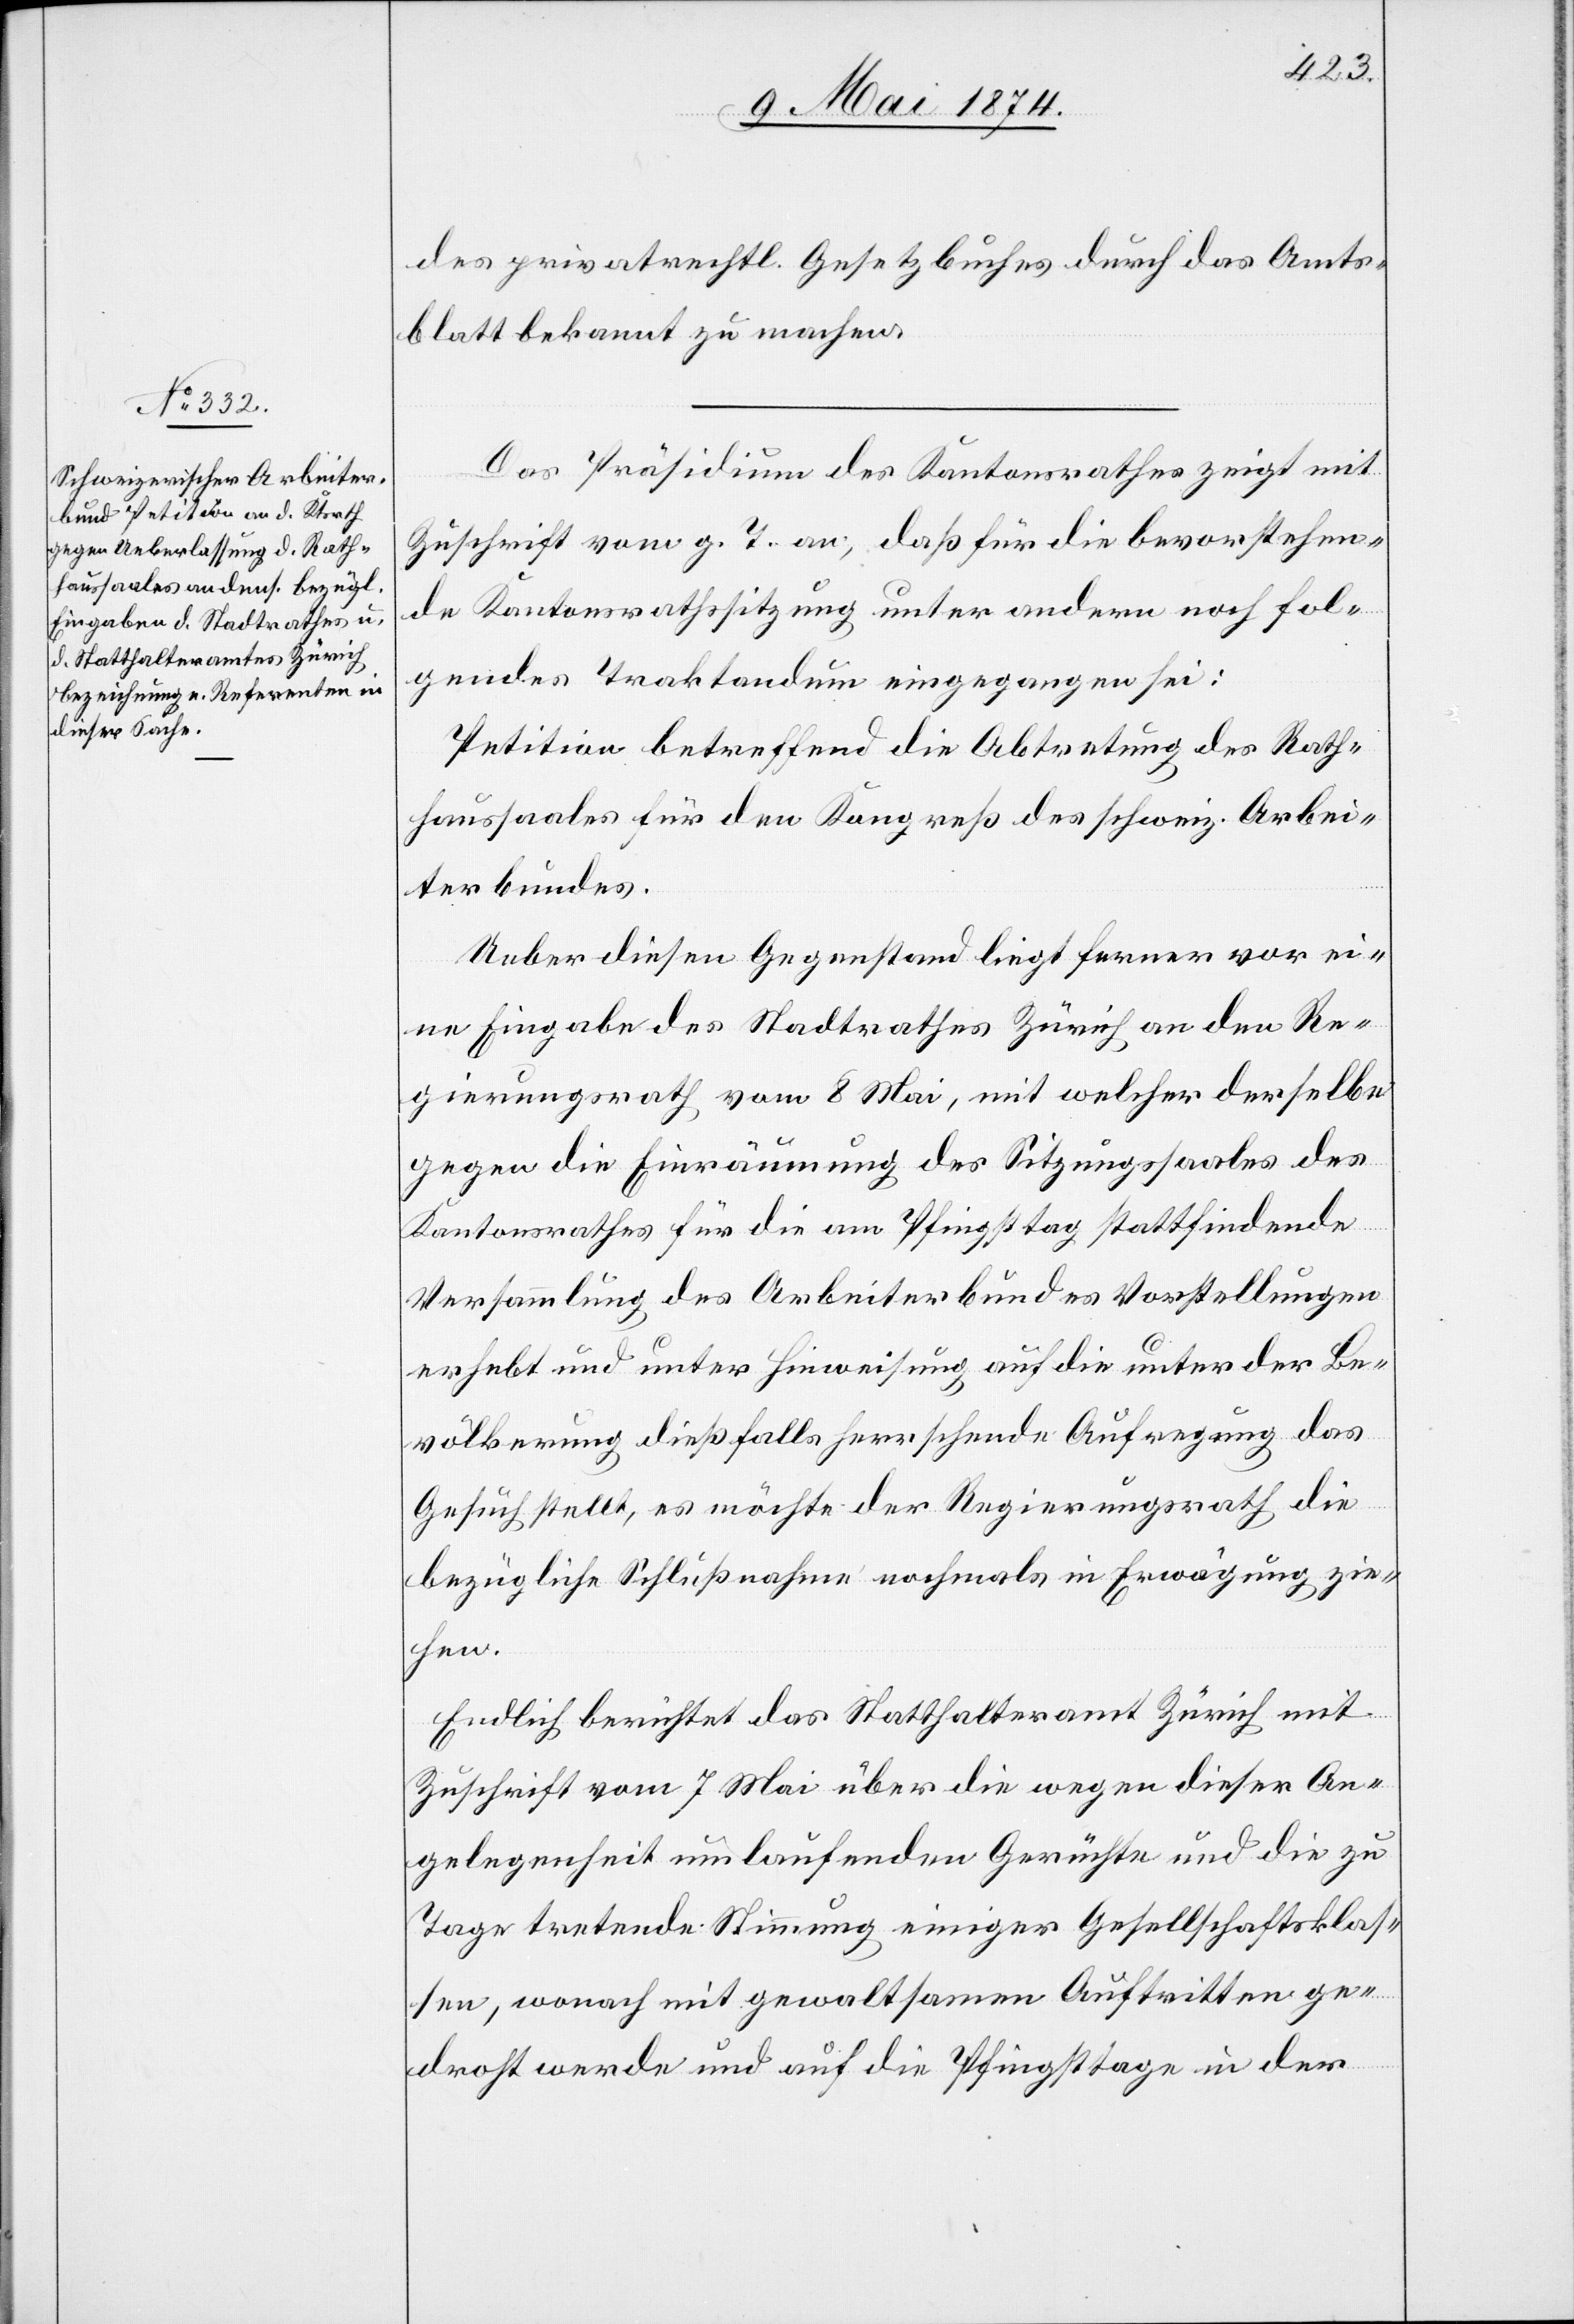
des privatrechtl. Gesetzbuches durch das Amts¬
blatt bekannt zu machen.
Das Präsidium des Kantonsrathes zeigt mit
Zuschrift vom g. T. an, daß für die bevorstehen¬
de Kantonsrathssitzung unter anderm noch fol¬
gendes Traktandum eingegangen sei:
Petition betreffend die Abtretung des Rath¬
haussaales für den Kongreß des schweiz. Arbei¬
terbundes.
Ueber diesen Gegenstand liegt ferner vor ei¬
ne Eingabe des Stadtrathes Zürich an den Re¬
gierungsrath vom 8. Mai, mit welcher derselbe
gegen die Einräumung des Sitzungssaales des
Kantonsrathes für die am Pfingsttag stattfindende
Versammlung des Arbeiterbundes Vorstellungen
erhebt und unter Hinweisung auf die unter der Be¬
völkerung dießfalls herrschende Aufregung das
Gesuch stellt, es möchte der Regierungsrath die
bezügliche Schlußnahme nochmals in Erwägung zie¬
hen.
Endlich berichtet das Statthalteramt Zürich mit
Zuschrift vom 7. Mai über die wegen dieser An¬
gelegenheit umlaufenden Gerüchte und die zu
Tage tretende Stimmung einiger Gesellschaftsklas¬
sen, wonach mit gewaltsamen Auftritten ge¬
droht werde und auf die Pfingsttage in der